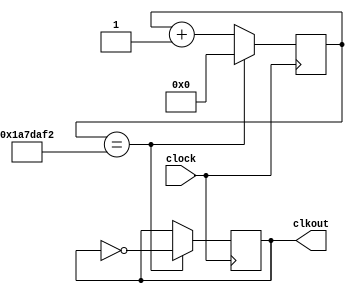
`timescale 1ns / 1ps

module clock_puntos(clock, clkout); 
input clock;//entrada reloj principal del constrain  file
output reg clkout; //salida del reloj 

reg [31:0] z;
parameter y = 32'd27777778;//aqui de ajusta la frecuencia

always @(posedge clock)
begin
z <= z + 1;
if (z == y)
begin 
z <=0;
clkout <= ~clkout;
end
end 


endmodule